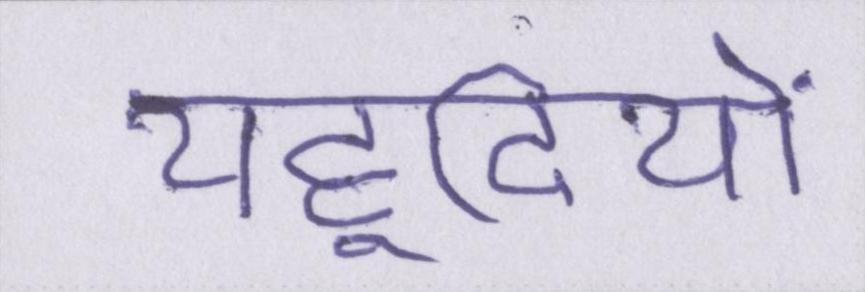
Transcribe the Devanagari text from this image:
यहूदियों